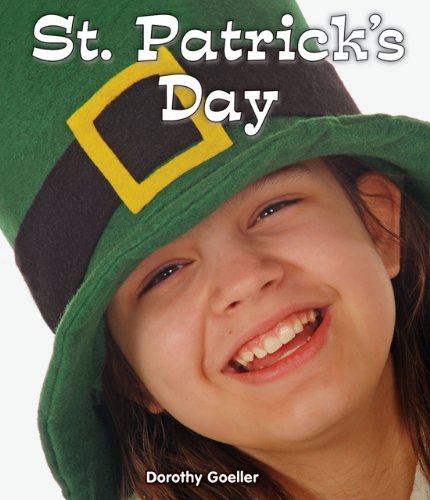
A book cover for St. Patrick's Day (All About Holidays); Dorothy Goeller; Children's Books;